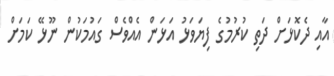
އާއި ދެކޮޅަށް ދަތި ކުރުމުގެ ފިޔަވަޅު އަޅަން އެއްވެސް ގައުމަކުން ނޫޅޭ ކަމަށް